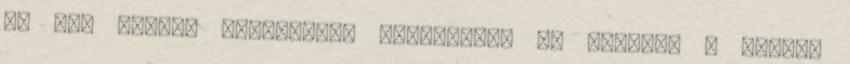
Az Így jártam anyátokkal sztárjának új szerepe a Hedwig